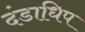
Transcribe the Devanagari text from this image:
दंडाधिप